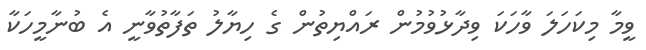
ވީމާ މިކަހަލަ ވާހަކަ ވިދާޅުވުމުން ރައްޔިތުން ގެ ހިޔާލު ތަފާތުވާނީ އެ ބުނާމީހަކާ